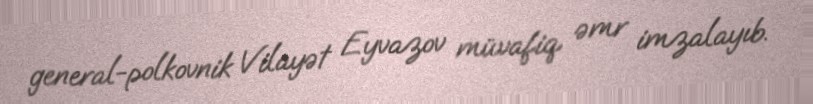
general-polkovnik Vilayət Eyvazov müvafiq əmr imzalayıb.